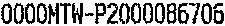
0000MTW-P2000086706